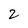
Character: 2